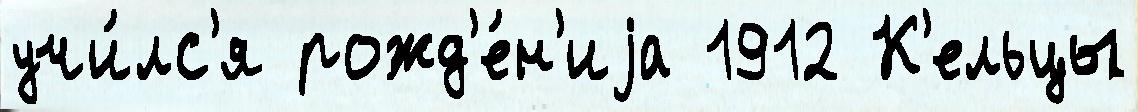
учи́лс'я рожд'е́н'иjа 1912 К'ельцы